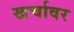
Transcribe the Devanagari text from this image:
खर्चावर